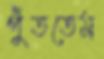
পুঁততেম